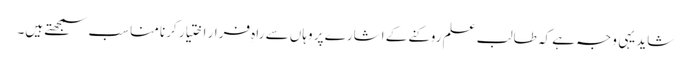
شاید یہی وجہ ہے کہ طالب علم روکنے کے اشارے پر وہاں سے راہِ فرار اختیار کرنا مناسب سمجھتے ہیں۔